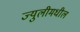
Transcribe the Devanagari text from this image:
ज्युलीमधील